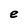
Character: e